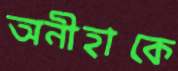
অনীহাকে